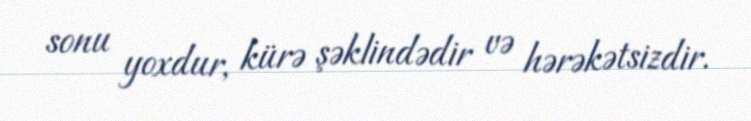
sonu yoxdur, kürə şəklindədir və hərəkətsizdir.